Vaccination in Bombay 1856-1862 - 1856-1862
Year: 1856
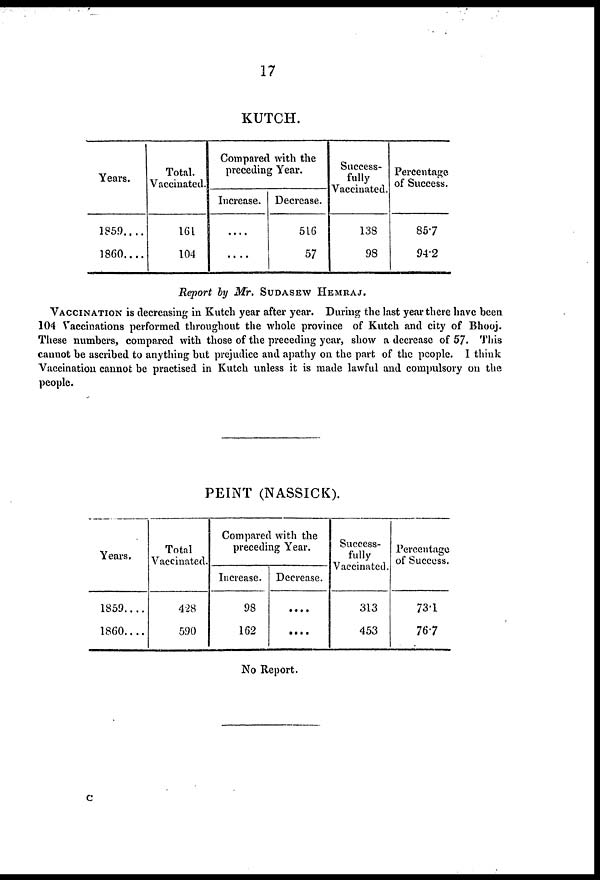
17
KUTCH.
Years.
1859 . . . .
1860 . . . .
Total.
Vaccinated.
161
104
Compared with the
preceding Year.
Increase.
....
....
Decrease.
516
57
Success-
fully
Vaccinated.
138
98
Percentage
of Success.
85.7
94.2
Report by Mr. SUDASEW HEMRAJ.
VACCINATION is decreasing in Kutch year after year. During the last year there have been
104 Vaccinations performed throughout the whole province of Kutch and city of Bhooj.
These numbers, compared with those of the preceding year, show a decrease of 57. This
cannot be ascribed to anything but prejudice and apathy on the part of the people. I think
Vaccination cannot be practised in Kutch unless it is made lawful and compulsory on the
people.
PEINT (NASSICK).
Years.
1859 . . . .
1860 . . . .
Total
Vaccinated.
428
590
Compared with the
preceding Year.
Increase.
98
162
Decrease.
....
....
Success-
fully
Vaccinated.
313
453
Percentage
of Success.
731
767
No Report.
C